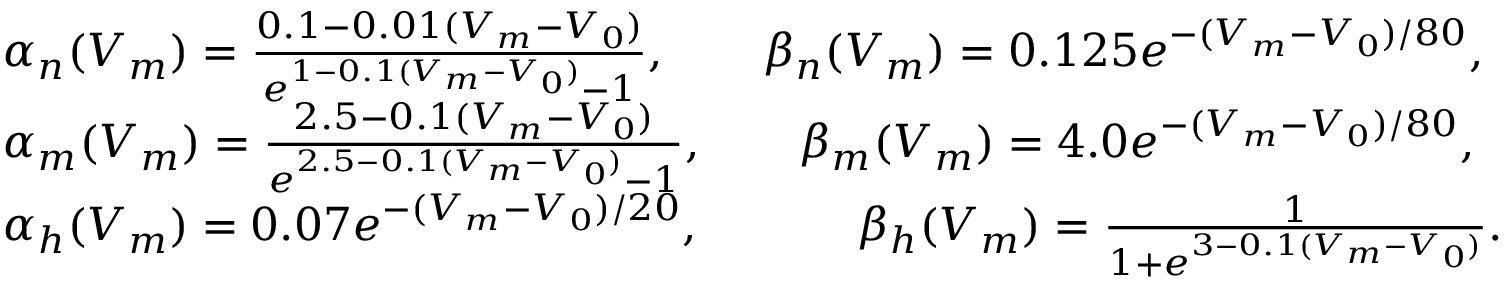
\begin{array} { r l } & { \alpha _ { n } ( V _ { m } ) = \frac { 0 . 1 - 0 . 0 1 ( V _ { m } - V _ { 0 } ) } { e ^ { 1 - 0 . 1 ( V _ { m } - V _ { 0 } ) } - 1 } , \qquad \beta _ { n } ( V _ { m } ) = 0 . 1 2 5 e ^ { - ( V _ { m } - V _ { 0 } ) / 8 0 } , } \\ & { \alpha _ { m } ( V _ { m } ) = \frac { 2 . 5 - 0 . 1 ( V _ { m } - V _ { 0 } ) } { e ^ { 2 . 5 - 0 . 1 ( V _ { m } - V _ { 0 } ) } - 1 } , \qquad \beta _ { m } ( V _ { m } ) = 4 . 0 e ^ { - ( V _ { m } - V _ { 0 } ) / 8 0 } , } \\ & { \alpha _ { h } ( V _ { m } ) = 0 . 0 7 e ^ { - ( V _ { m } - V _ { 0 } ) / 2 0 } , \qquad \ \ \ \ \beta _ { h } ( V _ { m } ) = \frac { 1 } { 1 + e ^ { 3 - 0 . 1 ( V _ { m } - V _ { 0 } ) } } . } \end{array}